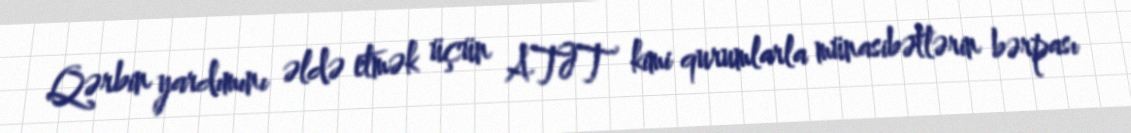
Qərbin yardımını əldə etmək üçün ATƏT kimi qurumlarla münasibətlərin bərpası